Report on the working of the Ranchi Indian Mental Hospital, Kanke, in Bihar and Orissa - 1930-1940
Year: 1930
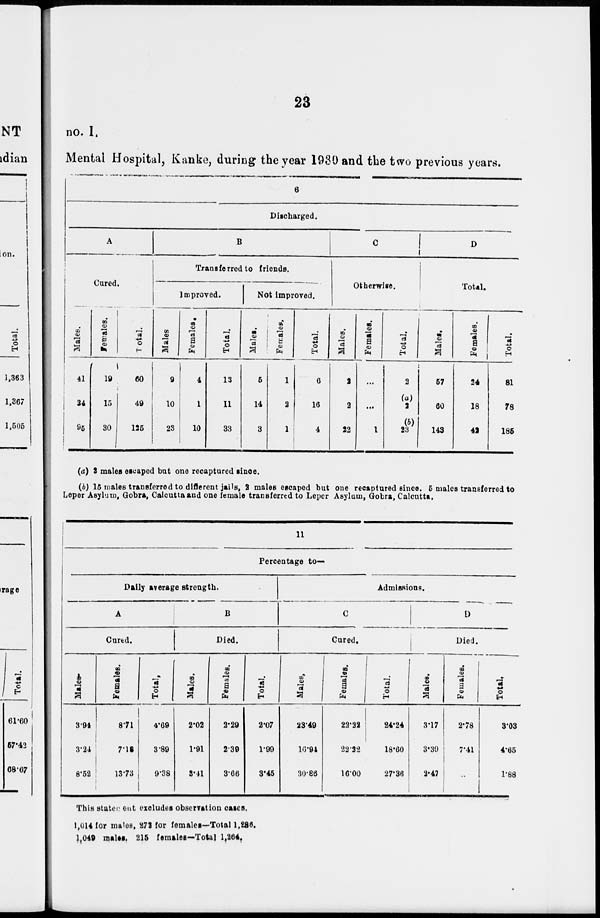
23
no. I.
Mental Hospital, Kanke, during the year 1930 and the two previous years.
6
Discharged.
A
Cured.
Males.
41
34
95
Females.
19
15
30
Total.
60
49
125
B
Transferred to friends.
Improved.
Males
9
10
23
Females.
4
1
10
Total.
13
11
33
Not improved.
Males.
5
14
3
Females.
1
2
1
Total.
6
16
4
C
Otherwise.
Males.
2
2
22
Females.
...
...
1
Total.
2
(a)
2
(b)
23
D
Total.
Males.
57
60
143
Females.
24
18
42
Total.
81
78
185
(a) 2 males escaped but one recaptured since.
(b) 15 males transferred to different jails, 2 males escaped but one recaptured since. 5 males transferred to
Leper Asylum, Gobra, Calcutta and one female transferred to Leper Asylum, Gobra, Calcutta.
11
Percentage to—
Daily average strength.
A
Cured.
Males.
3.94
3.24
8.52
Females.
8.71
7.18
13.73
Total.
4.69
3.89
9.38
B
Died.
Males.
2.02
1.91
3.41
Females.
2.29
2.39
3.66
Total.
2.07
1.99
3.45
Admissions.
C
Cured.
Males.
23.49
16.94
30.86
Females.
22.22
22.22
16.00
Total.
24.24
18.60
27.36
D
Died.
Males.
3.17
3.39
2.47
Females.
2.78
7.41
Total.
3.03
4.65
1.88
This statement excludes observation cases.
1,014 for males, 273 for females—Total 1,286.
1,049 males, 215 females—Total 1,264.